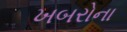
ખબરોના